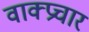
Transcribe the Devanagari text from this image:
वाक्‍प्रचार